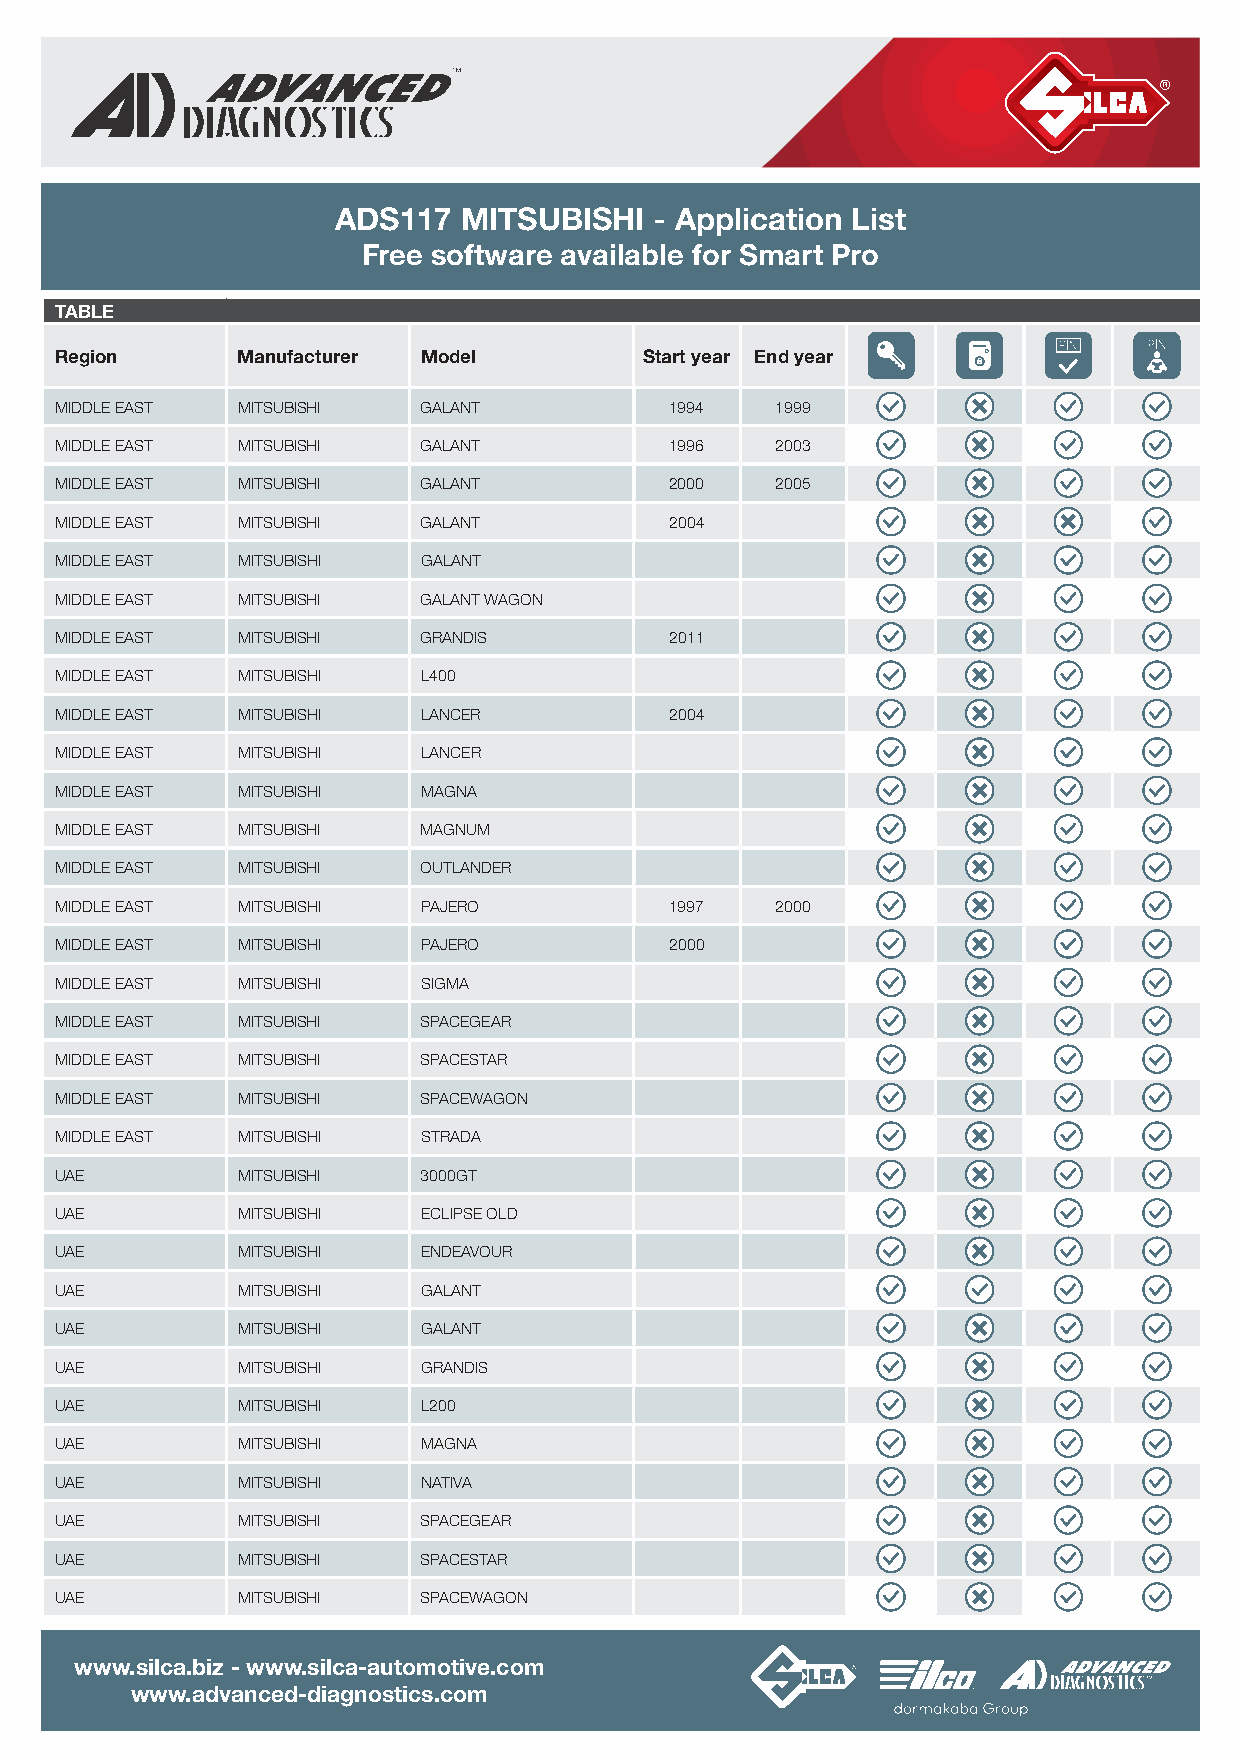
ADS117  MITSUBISHI   - Application List
 Free software available for Smart Pro
 TABLE
 Region      Manufacturer Model         Start year End year
 MIDDLE EAST MITSUBISHI  GALANT          1994   1999
 MIDDLE EAST MITSUBISHI  GALANT          1996   2003
 MIDDLE EAST MITSUBISHI  GALANT          2000   2005
 MIDDLE EAST MITSUBISHI  GALANT          2004
 MIDDLE EAST MITSUBISHI  GALANT
 MIDDLE EAST MITSUBISHI  GALANT WAGON
 MIDDLE EAST MITSUBISHI  GRANDIS         2011
 MIDDLE EAST MITSUBISHI  L400
 MIDDLE EAST MITSUBISHI  LANCER          2004
 MIDDLE EAST MITSUBISHI  LANCER
 MIDDLE EAST MITSUBISHI  MAGNA
 MIDDLE EAST MITSUBISHI  MAGNUM
 MIDDLE EAST MITSUBISHI  OUTLANDER
 MIDDLE EAST MITSUBISHI  PAJERO          1997   2000
 MIDDLE EAST MITSUBISHI  PAJERO          2000
 MIDDLE EAST MITSUBISHI  SIGMA
 MIDDLE EAST MITSUBISHI  SPACEGEAR
 MIDDLE EAST MITSUBISHI  SPACESTAR
 MIDDLE EAST MITSUBISHI  SPACEWAGON
 MIDDLE EAST MITSUBISHI  STRADA
 UAE         MITSUBISHI  3000GT
 UAE         MITSUBISHI  ECLIPSE OLD
 UAE         MITSUBISHI  ENDEAVOUR
 UAE         MITSUBISHI  GALANT
 UAE         MITSUBISHI  GALANT
 UAE         MITSUBISHI  GRANDIS
 UAE         MITSUBISHI  L200
 UAE         MITSUBISHI  MAGNA
 UAE         MITSUBISHI  NATIVA
 UAE         MITSUBISHI  SPACEGEAR
 UAE         MITSUBISHI  SPACESTAR
 UAE         MITSUBISHI  SPACEWAGON
 www.silca.biz - www.silca-automotive.com
 www.advanced-diagnostics.com